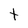
Character: t